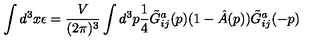
\int d ^ { 3 } x \epsilon = \frac { V } { ( 2 \pi ) ^ { 3 } } \int d ^ { 3 } p \frac { 1 } { 4 } \tilde { G } _ { i j } ^ { a } ( p ) ( 1 - \hat { A } ( p ) ) \tilde { G } _ { i j } ^ { a } ( - p )